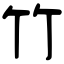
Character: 竹